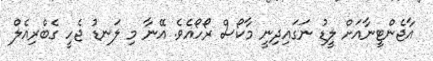
އާޖެންޓީނާއަށް ލީޑު ނަގައިދިނީ މާކޯސް ރޯހޯއެވެ. އޭނާ މި ލަނޑު ޖެހީ ގެބްރިއެލް